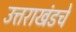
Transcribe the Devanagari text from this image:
उत्तराखंडचे